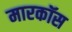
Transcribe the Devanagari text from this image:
मारकॉस